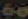
60